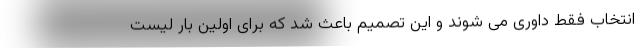
انتخاب فقط داوری می شوند و این تصمیم باعث شد که برای اولین بار لیست